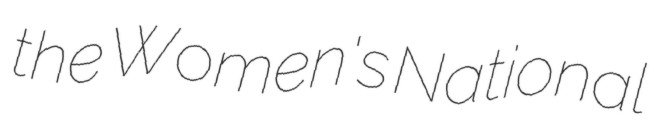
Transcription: the Women's National